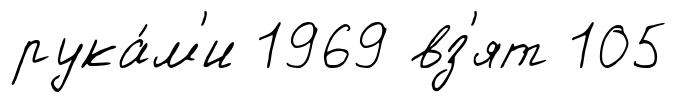
рука́м'и 1969 вз'ят 105